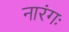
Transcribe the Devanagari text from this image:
नारंगः